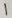
Text: 1